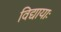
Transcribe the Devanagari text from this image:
विद्यायाः